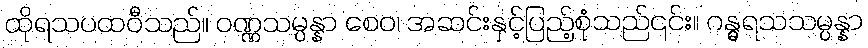
ထိုရသပထဝီသည်။ ဝဏ္ဏသမ္ပန္နာ စေဝ၊ အဆင်းနှင့်ပြည့်စုံသည်၎င်း။ ဂန္ဓရသသမ္ပန္နာ